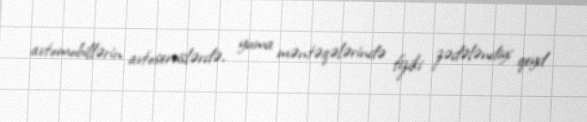
avtomobillərin avtoservislərdə, yuma məntəqələrində fiziki zədələndiyi qeyd